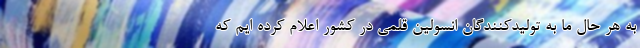
به هر حال ما به تولیدکنندگان انسولین قلمی در کشور اعلام کرده ایم که